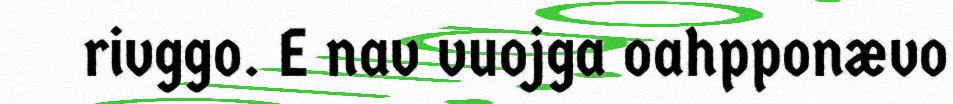
rivggo. E nav vuojga oahpponævo